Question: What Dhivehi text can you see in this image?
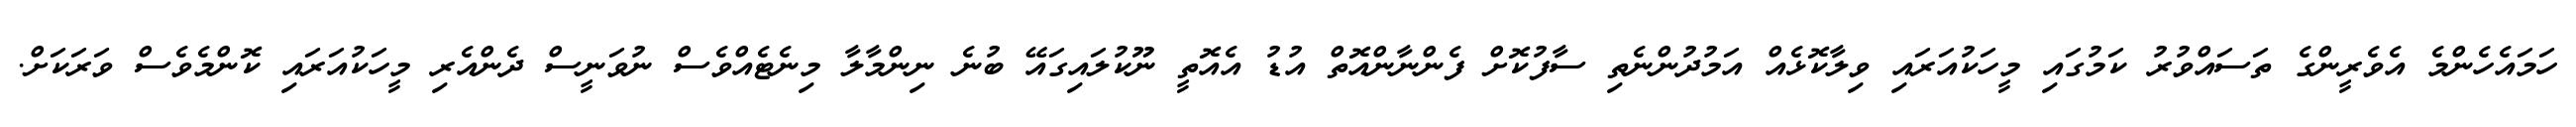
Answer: ހަމައެހެންމެ އެވެރީންގެ ތަސައްވުރު ކަމުގައި މީހަކުއަރައި ވިލާކޮޅެއް އަމުދުންނެތި ސާފުކޮށް ފެންނާންއޮތް އުޑު އެއޮތީ ނޫކުލައިގައޭ ބުނެ ނިންމާލާ މިނެޓެއްވެސް ނުވަނީސް ދެންއެރި މީހަކުއަރައި ކޮންމެވެސް ވަރަކަށް.